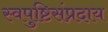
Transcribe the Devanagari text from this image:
स्वपुष्टिसंप्रदाय